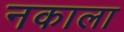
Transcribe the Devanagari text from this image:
नकाला